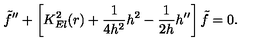
{ \tilde { f } } ^ { \prime \prime } + \left[ K _ { E l } ^ { 2 } ( r ) + \frac { 1 } { 4 h ^ { 2 } } h ^ { 2 } - \frac { 1 } { 2 h } h ^ { \prime \prime } \right] { \tilde { f } } = 0 .